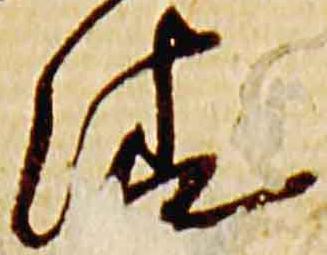
清